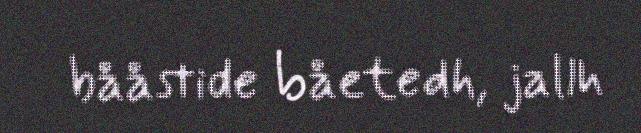
bååstide båetedh, jallh